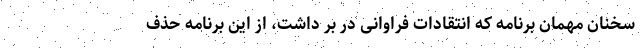
سخنان مهمان برنامه که انتقادات فراوانی در بر داشت، از این برنامه حذف